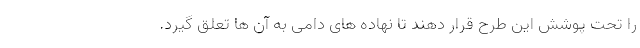
را تحت پوشش این طرح قرار دهند تا نهاده های دامی به آن ها تعلق گیرد.